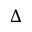
\Delta